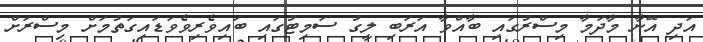
އަދި އޭނާ މާދަމާ މިސްރުގައި ބާއްވާ އަރަބި ލީގު ސަމިޓުގައި ބައިވެރިވެވަޑައިގަތުމަށް މިސްރަށް